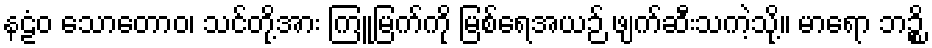
နဠံဝ သောတောဝ၊ သင်တို့အား ကြူမြက်ကို မြစ်ရေအယဉ် ဖျက်ဆီးသကဲ့သို့။ မာရော ဘဉ္စိ